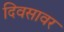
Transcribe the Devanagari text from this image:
दिवसावर